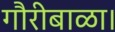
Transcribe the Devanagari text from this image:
गौरीबाळा।